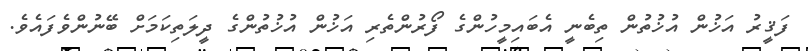
ފަޤީރު އަޚުން އުޚުތުން ތިބެނީ އެބައިމީހުންގެ ފޯރުންތެރި އަޚުން އުޚުތުންގެ ދީލަތިކަމަށް ބޭނުންވެފައެވެ.